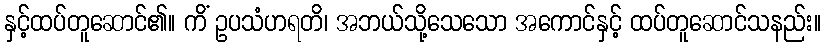
နှင့်ထပ်တူဆောင်၏။ ကိံ ဥပသံဟရတိ၊ အဘယ်သို့သေသော အကောင်နှင့် ထပ်တူဆောင်သနည်း။